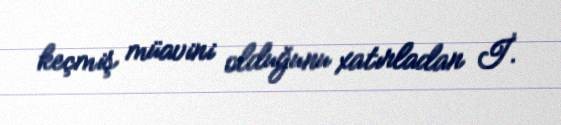
keçmiş müavini olduğunu xatırladan İ.